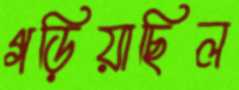
গড়িয়াছিল